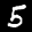
Label: 5